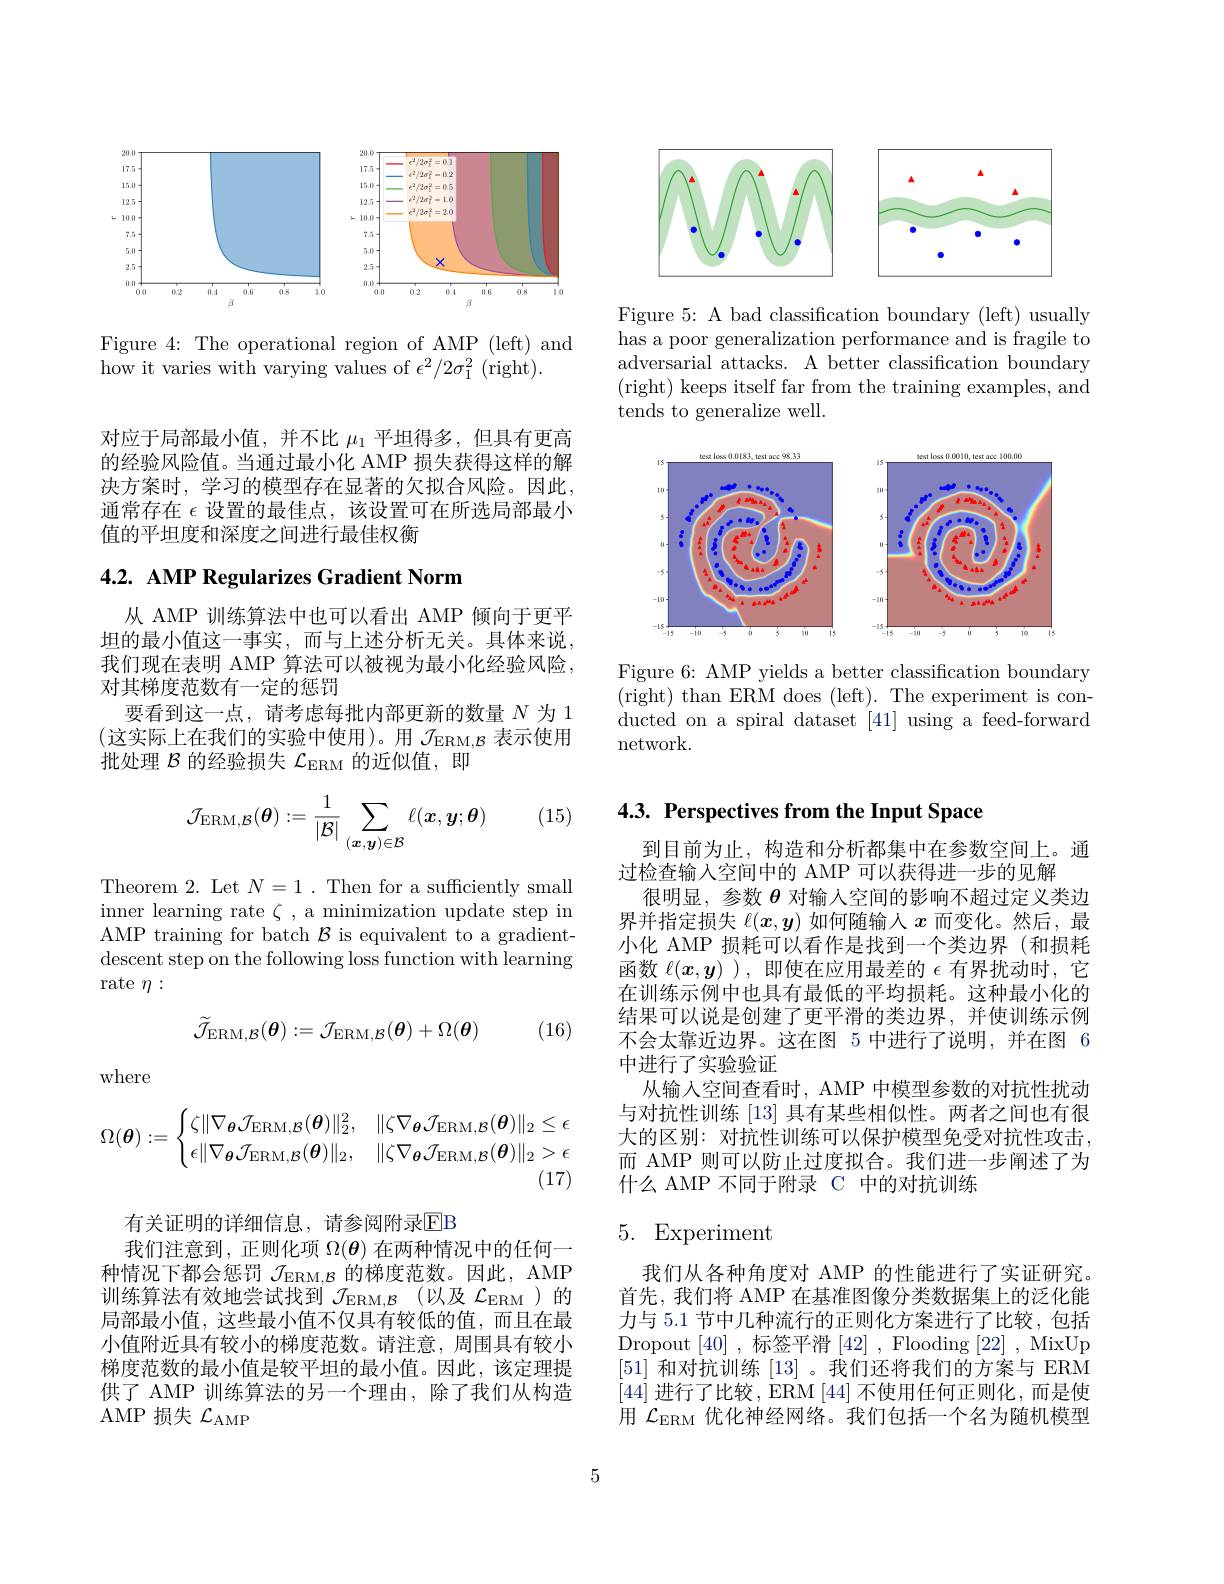
<FigureHere>

Figure 4: The operational region of AMP (left) and
how it varies with varying values of $\epsilon^2/2\sigma_1^2$ (right).

对应于局部最小值，并不比$\mu_1$平坦得多，但具有更高的经验风险值。当通过最小化 AMP 损失获得这样的解决方案时，学习的模型存在显著的欠拟合风险。因此， 通常存在$\epsilon$设置的最佳点，该设置可在所选局部最小值的平坦度和深度之间进行最佳权衡

## 4.2. AMP Regularizes Gradient Norm

从 AMP 训练算法中也可以看出 AMP 倾向于更平坦的最小值这一事实，而与上述分析无关。具体来说， 我们现在表明 AMP 算法可以被视为最小化经验风险， 对其梯度范数有一定的惩罚
要看到这一点，请考虑每批内部更新的数量$N$为 1 (这实际上在我们的实验中使用)。用 $\mathcal{J}_\mathrm{ERM,B}$ 表示使用批处理$\mathcal{B}$的经验损失$\mathcal{L}_\mathrm{ERM}$的近似值，即

(15)
$$\mathcal{J}_{\mathrm{ERM},\mathcal{B}}(\boldsymbol{\theta}):=\frac{1}{|\mathcal{B}|}\sum_{(\boldsymbol{x},\boldsymbol{y})\in\mathcal{B}}\ell(\boldsymbol{x},\boldsymbol{y};\boldsymbol{\theta})$$
Theorem 2. Let $N=1.$ Then for a sufficiently small inner learning rate $\zeta$, a minimization update step in AMP training for batch $\mathcal{B}$ is equivalent to a gradientdescent step on the following loss function with learning rate $\eta:$
$$\widetilde{\mathcal{J}}_{\mathrm{ERM},\mathcal{B}}(\boldsymbol{\theta}):=\mathcal{J}_{\mathrm{ERM},\mathcal{B}}(\boldsymbol{\theta})+\Omega(\boldsymbol{\theta})$$
(16)

where
$$\Omega(\boldsymbol{\theta}):=\begin{cases}\zeta\|\nabla_{\boldsymbol{\theta}}\mathcal{J}_{\mathrm{ERM},\mathcal{B}}(\boldsymbol{\theta})\|_2^2,&\|\zeta\nabla_{\boldsymbol{\theta}}\mathcal{J}_{\mathrm{ERM},\mathcal{B}}(\boldsymbol{\theta})\|_2\leq\epsilon\\\epsilon\|\nabla_{\boldsymbol{\theta}}\mathcal{J}_{\mathrm{ERM},\mathcal{B}}(\boldsymbol{\theta})\|_2,&\|\zeta\nabla_{\boldsymbol{\theta}}\mathcal{J}_{\mathrm{ERM},\mathcal{B}}(\boldsymbol{\theta})\|_2>\epsilon\end{cases}$$
有关证明的详细信息，请参阅附录$\overline{\mathrm{EB}}$
我们注意到，正则化项$\Omega(\boldsymbol{\theta})$在两种情况中的任何一种情况下都会惩罚$\mathcal{J}_\mathrm{ERM,B}$的梯度范数。因此，AMP 训练算法有效地尝试找到 $\mathcal{J} _\mathrm{ERM, B}$ (以及 $\mathcal{L}_\mathrm{ERM}$ )的局部最小值，这些最小值不仅具有较低的值，而且在最小值附近具有较小的梯度范数。请注意，周围具有较小梯度范数的最小值是较平坦的最小值。因此，该定理提供了 AMP 训练算法的另一个理由，除了我们从构造AMP 损失$\mathcal{L}_\mathrm{AMP}$

<FigureHere>

Figure 5: A bad classification boundary (left) usually has a poor generalization performance and is fragile to adversarial attacks. A better classification boundary ( right) keeps itself far from the training examples, and tends to generalize well.

<FigureHere>

Figure 6: AMP yields a better classification boundary ( right) than ERM does ( left) . The experiment is con- ducted on a spiral dataset [41] using a feed-forward network.

4.3. Perspectives from the Input Space

到目前为止，构造和分析都集中在参数空间上。通
过检查输入空间中的 AMP 可以获得进一步的见解
很明显，参数$\theta$对输入空间的影响不超过定义类边界并指定损失$\ell(x,y)$如何随输人$x$而变化。然后，最小化 AMP 损耗可以看作是找到一个类边界(和损耗函数$\ell(x,y)$ ),即使在应用最差的$\epsilon$有界扰动时，它在训练示例中也具有最低的平均损耗。这种最小化的结果可以说是创建了更平滑的类边界，并使训练示例不会太靠近边界。这在图 5 中进行了说明，并在图 6中进行了实验验证
从输入空间查看时，AMP 中模型参数的对抗性扰动与对抗性训练 [13] 具有某些相似性。两者之间也有很大的区别：对抗性训练可以保护模型免受对抗性攻击， 而 AMP 则可以防止过度拟合。我们进一步阐述了为什么 AMP 不同于附录 C 中的对抗训练

# 5. Experiment

我们从各种角度对 AMP 的性能进行了实证研究。首先，我们将 AMP 在基准图像分类数据集上的泛化能力与 5.1 节中几种流行的正则化方案进行了比较，包括Dropout [40] ,标签平滑[42] , Flooding [22] , MixUp [51]和对抗训练[13] 。我们还将我们的方案与 ERM [44]进行了比较，ERM [44]不使用任何正则化，而是使用$\mathcal{L}_\mathrm{ERM}$优化神经网络。我们包括一个名为随机模型

5